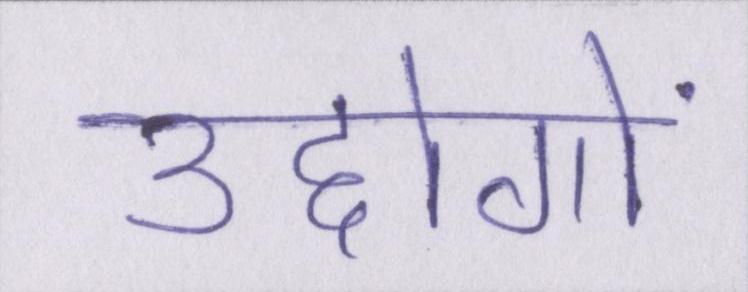
उद्दोगों